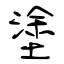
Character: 塗